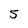
Character: 5